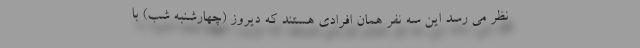
نظر می رسد این سه نفر همان افرادی هستند که دیروز (چهارشنبه شب) با